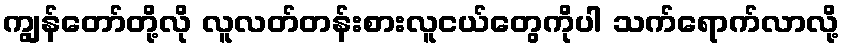
ကျွန်တော်တို့လို လူလတ်တန်းစားလူငယ်တွေကိုပါ သက်ရောက်လာလို့